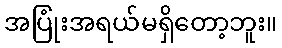
အပြုံးအရယ်မရှိတော့ဘူး။